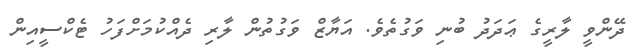
ދޭންވީ ލާރީގެ ޢަދަދު ބުނި ވަގުތެވެ. އަޔާޒް ވަގުތުން ލާރި ދެއްކުމަށްފަހު ޓެކްސީއިން